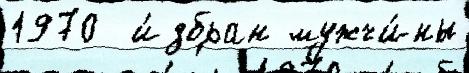
1970  и́збран мужчи́ны